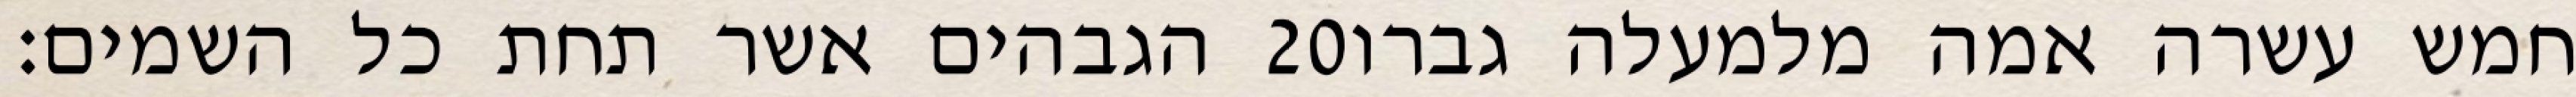
הגבהים אשר תחת כל השמים׃ ‎20‏ חמש עשרה אמה מלמעלה גברו